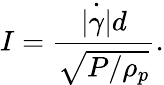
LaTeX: I=\frac{\dot{|\gamma|}d}{\sqrt{P/\rho_{p}}}.